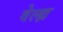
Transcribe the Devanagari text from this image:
वेल्ह्म